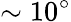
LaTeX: \sim{10}^{\circ}